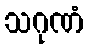
သဂုဏံ